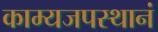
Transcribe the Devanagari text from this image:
काम्यजपस्थानं